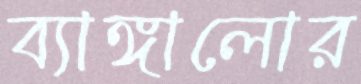
ব্যাঙ্গালোর